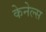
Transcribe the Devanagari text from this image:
केनेल्स